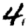
Digit: 4